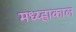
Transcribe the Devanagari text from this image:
मध्य्ह्राकाल